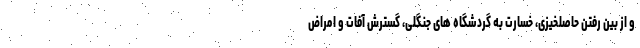
و از بین رفتن حاصلخیزی، خسارت به گردشگاه های جنگلی، گسترش آفات و امراض